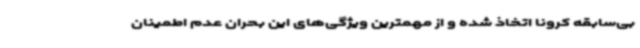
بی‌سابقه کرونا اتخاذ شده و از مهمترین ویژگی‌های این بحران عدم اطمینان